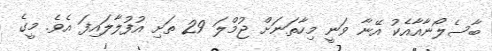
ބާސެލޯނާއާއެކު އޭނާ ވަނީ މިހާތަނަށް ޖުމްލަ 29 ތަށި އުފުލާލައިފަ އެވެ. މީގެ